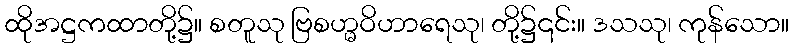
ထိုအဋ္ဌကထာတို့၌။ စတူသု ဗြစဟ္မဝိဟာရေသု၊ တို့၌၎င်း။ ဒသသု၊ ကုန်သော။